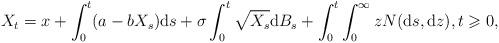
LaTeX: \begin{align*}X_{t}=x+\int_{0}^{t}(a-bX_{s})\mathrm{d}s+\sigma\int_{0}^{t}\sqrt{X_{s}}\mathrm{d}B_{s}+\int_{0}^{t}\int_{0}^{\infty}zN(\mathrm{d}s,\mathrm{d}z),t\geqslant0,\end{align*}